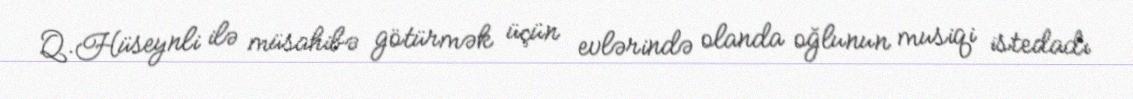
Q.Hüseynli ilə müsahibə götürmək üçün evlərində olanda oğlunun musiqi istedadı